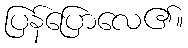
ပြန်ပြောလေ၏။